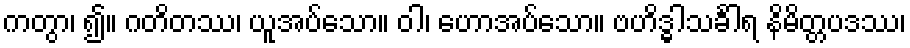
ကတွာ၊ ၍။ ဂတိတဿ၊ ယူအပ်သော။ ဝါ၊ ဟောအပ်သော။ ဗဟိဒ္ဓါသင်္ခါရ နိမိတ္တပဒဿ၊